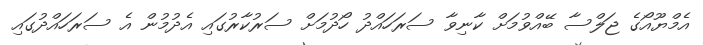
އެމްޔޫއޯގެ ޖަލްސާ ބޭއްވުމަށް ކާނިވާ ސަރަހައްދު ހޯދުމަށް ސަރުކާރުގައި އެދުމުން އެ ސަރަހައްދުގައި